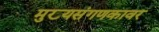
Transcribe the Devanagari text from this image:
मुख्यसंगणकावर